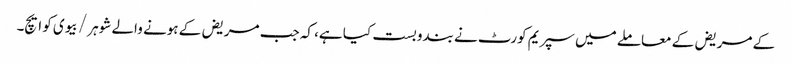
کے مریض کے معاملے میں سپریم کورٹ نے بندوبست کیا ہے، کہ جب مریض کے ہونے والے شوہر / بیوی کو ایچ۔